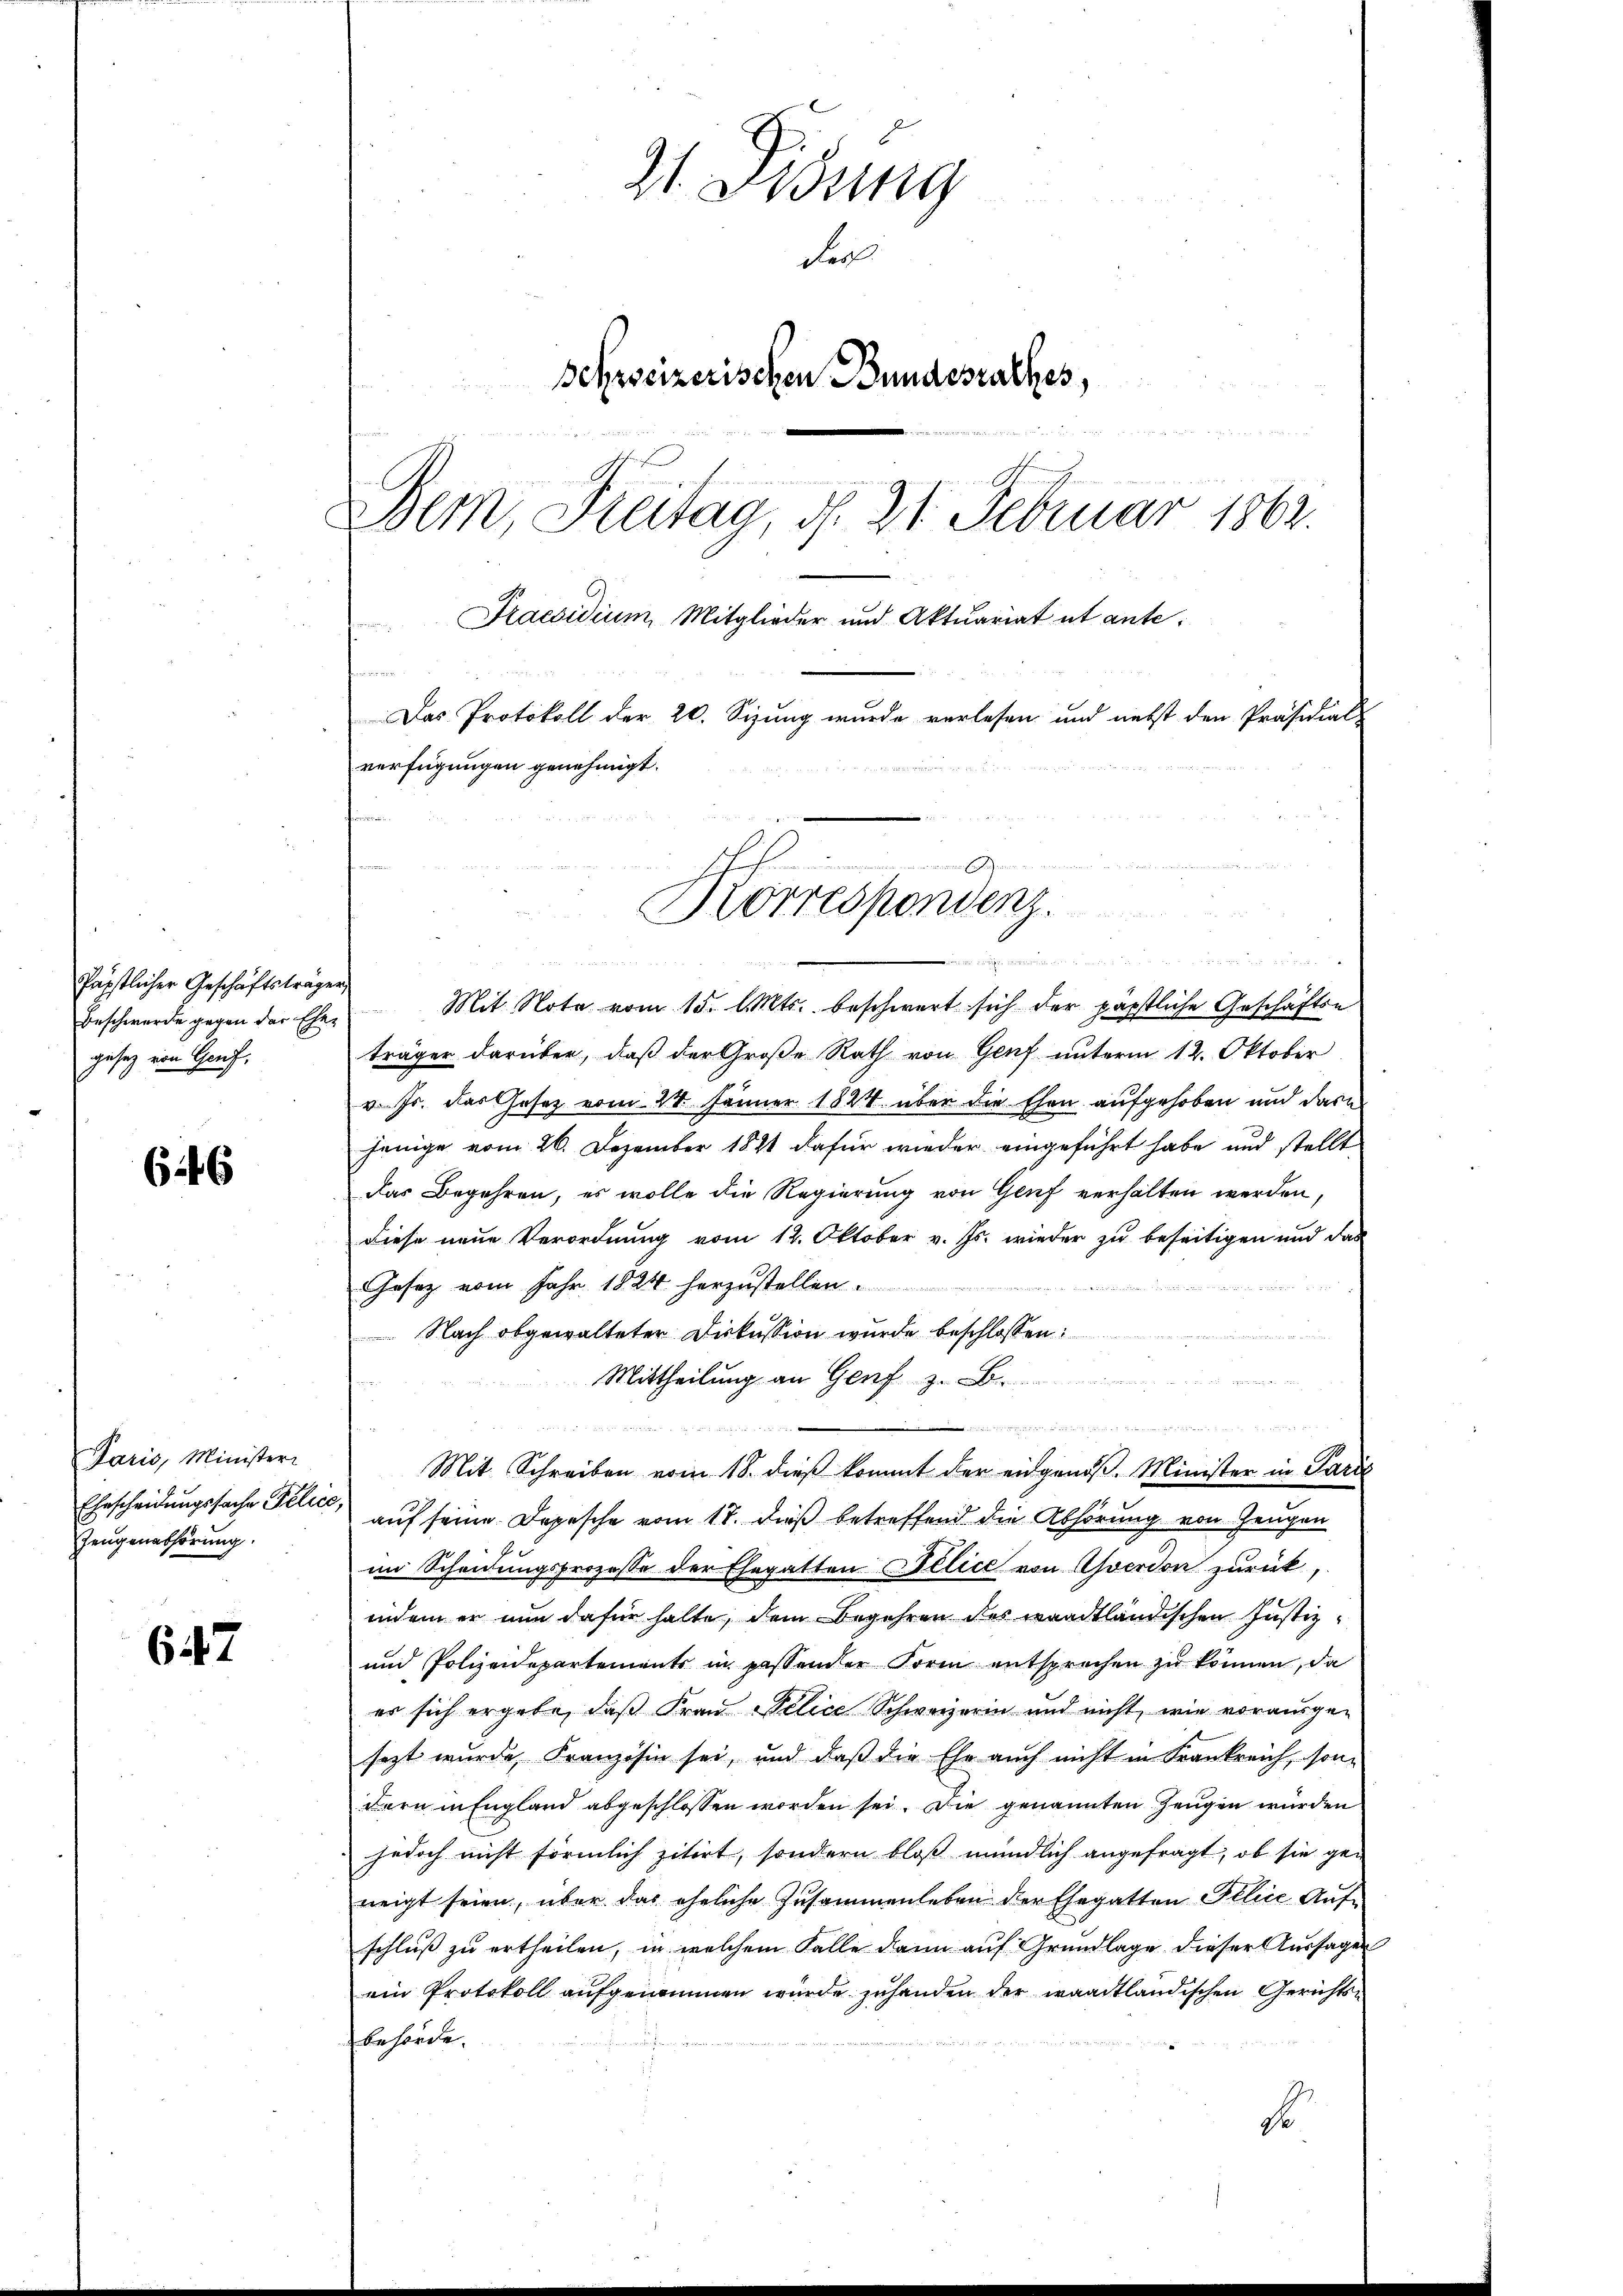
Päpstlicher Geschäftsträger,
Beschwerde gegen der Ehe-
gesez von Hauf.

646

Paris, Ministeri
Zeugenabhörung.

647

21. Didung
der
Schweizerischen Bundesrathes,
a
1
Bern, Freitag, d. 21. Februar 1862.
Praesidium, Mitglieder und Aktuariat et ante¬
Das Protokoll der 20. Sizung wurde verlesen und nebst den Präsidial-
verfügungen genehmigt.
Korrespondenz.

Mit Note vom 15. Mts. beschwert sich der päpstliche Geschäftse
träger darüber, daß der Große Rath von Genf unterm 12. Oktober
v. Js. das Gesez vom 24. Jänner 1824 über die Ehen aufgehoben und darn
jenige vom 26. Dezember 1891 dafür wieder eingeführt habe und stellt
Das Begehren, es wolle die Regierung von Genf verhalten werden,
diese neue Verordnung vom 12. Oktober v. Js. wieder zu beseitigen und das
Gesetz vom Jahr 1824 herzustellen.

Nach abgewalteter Diskussion wurde beschlossen
Mittheilung an Genf
un
Mit Schreiben vom 18. dieß kommt der eingenoß. Minister in Paris
Ehescheidungssache Telen auf seine Depesche vom 18. dieß betreffend die Abhörung von Zeugen
im Scheidungsprozesse der Ehegatten Gelice von Yverdon zurück,
indem er nun dafür halte, dem Begehren des waadtländischen Justiz¬
und Polizeidepartements in passender Form entsprechen zu können, da
er sich ergebe, daß Frau Welice Schweizerin und nicht, wie vorausge-
sezt wurde, Französin sei, und daß die Ehe auch nicht in Frankreich, son-
dern in England abgeschlossen worden sei. Die genannten Zeugen würden
jedoch nicht förmlich zitirt, sondern bloß mündlich angefragt, ob sie ge-
neigt seien, über das eheliche Zusammenleben der Ehegatten Illice Aufschluß zu ertheilen, in welchem Falle dann auf Grundlage dieser Aussagen
ein Protokoll aufgenommen wurde zuhanden der waadtländischen Gerichtsbehörde.
so

aginien